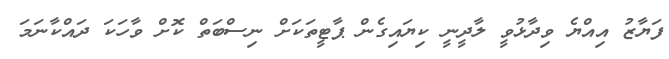
ފަޔާޒު އިއްޔެ ވިދާޅުވީ ލާދީނީ ކިޔައިގެން ޕާޓީތަކަށް ނިސްބަތް ކޮށް ވާހަކަ ދައްކާނަމަ